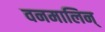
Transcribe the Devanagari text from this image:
वनमालिन्